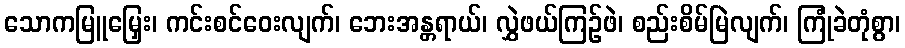
သောကမြူမြှေး၊ ကင်းစင်ဝေးလျက်၊ ဘေးအန္တရာယ်၊ လွှဲဖယ်ကြဉ်ဖဲ၊ စည်းစိမ်မြဲလျက်၊ ကြုံခဲတုံစွာ၊